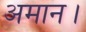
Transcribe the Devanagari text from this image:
अमान।